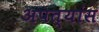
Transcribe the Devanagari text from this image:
अपत्यांस